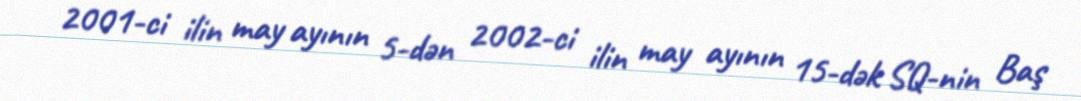
2001-ci ilin may ayının 5-dən 2002-ci ilin may ayının 15-dək SQ-nin Baş